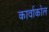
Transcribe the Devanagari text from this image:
कार्वाकोल